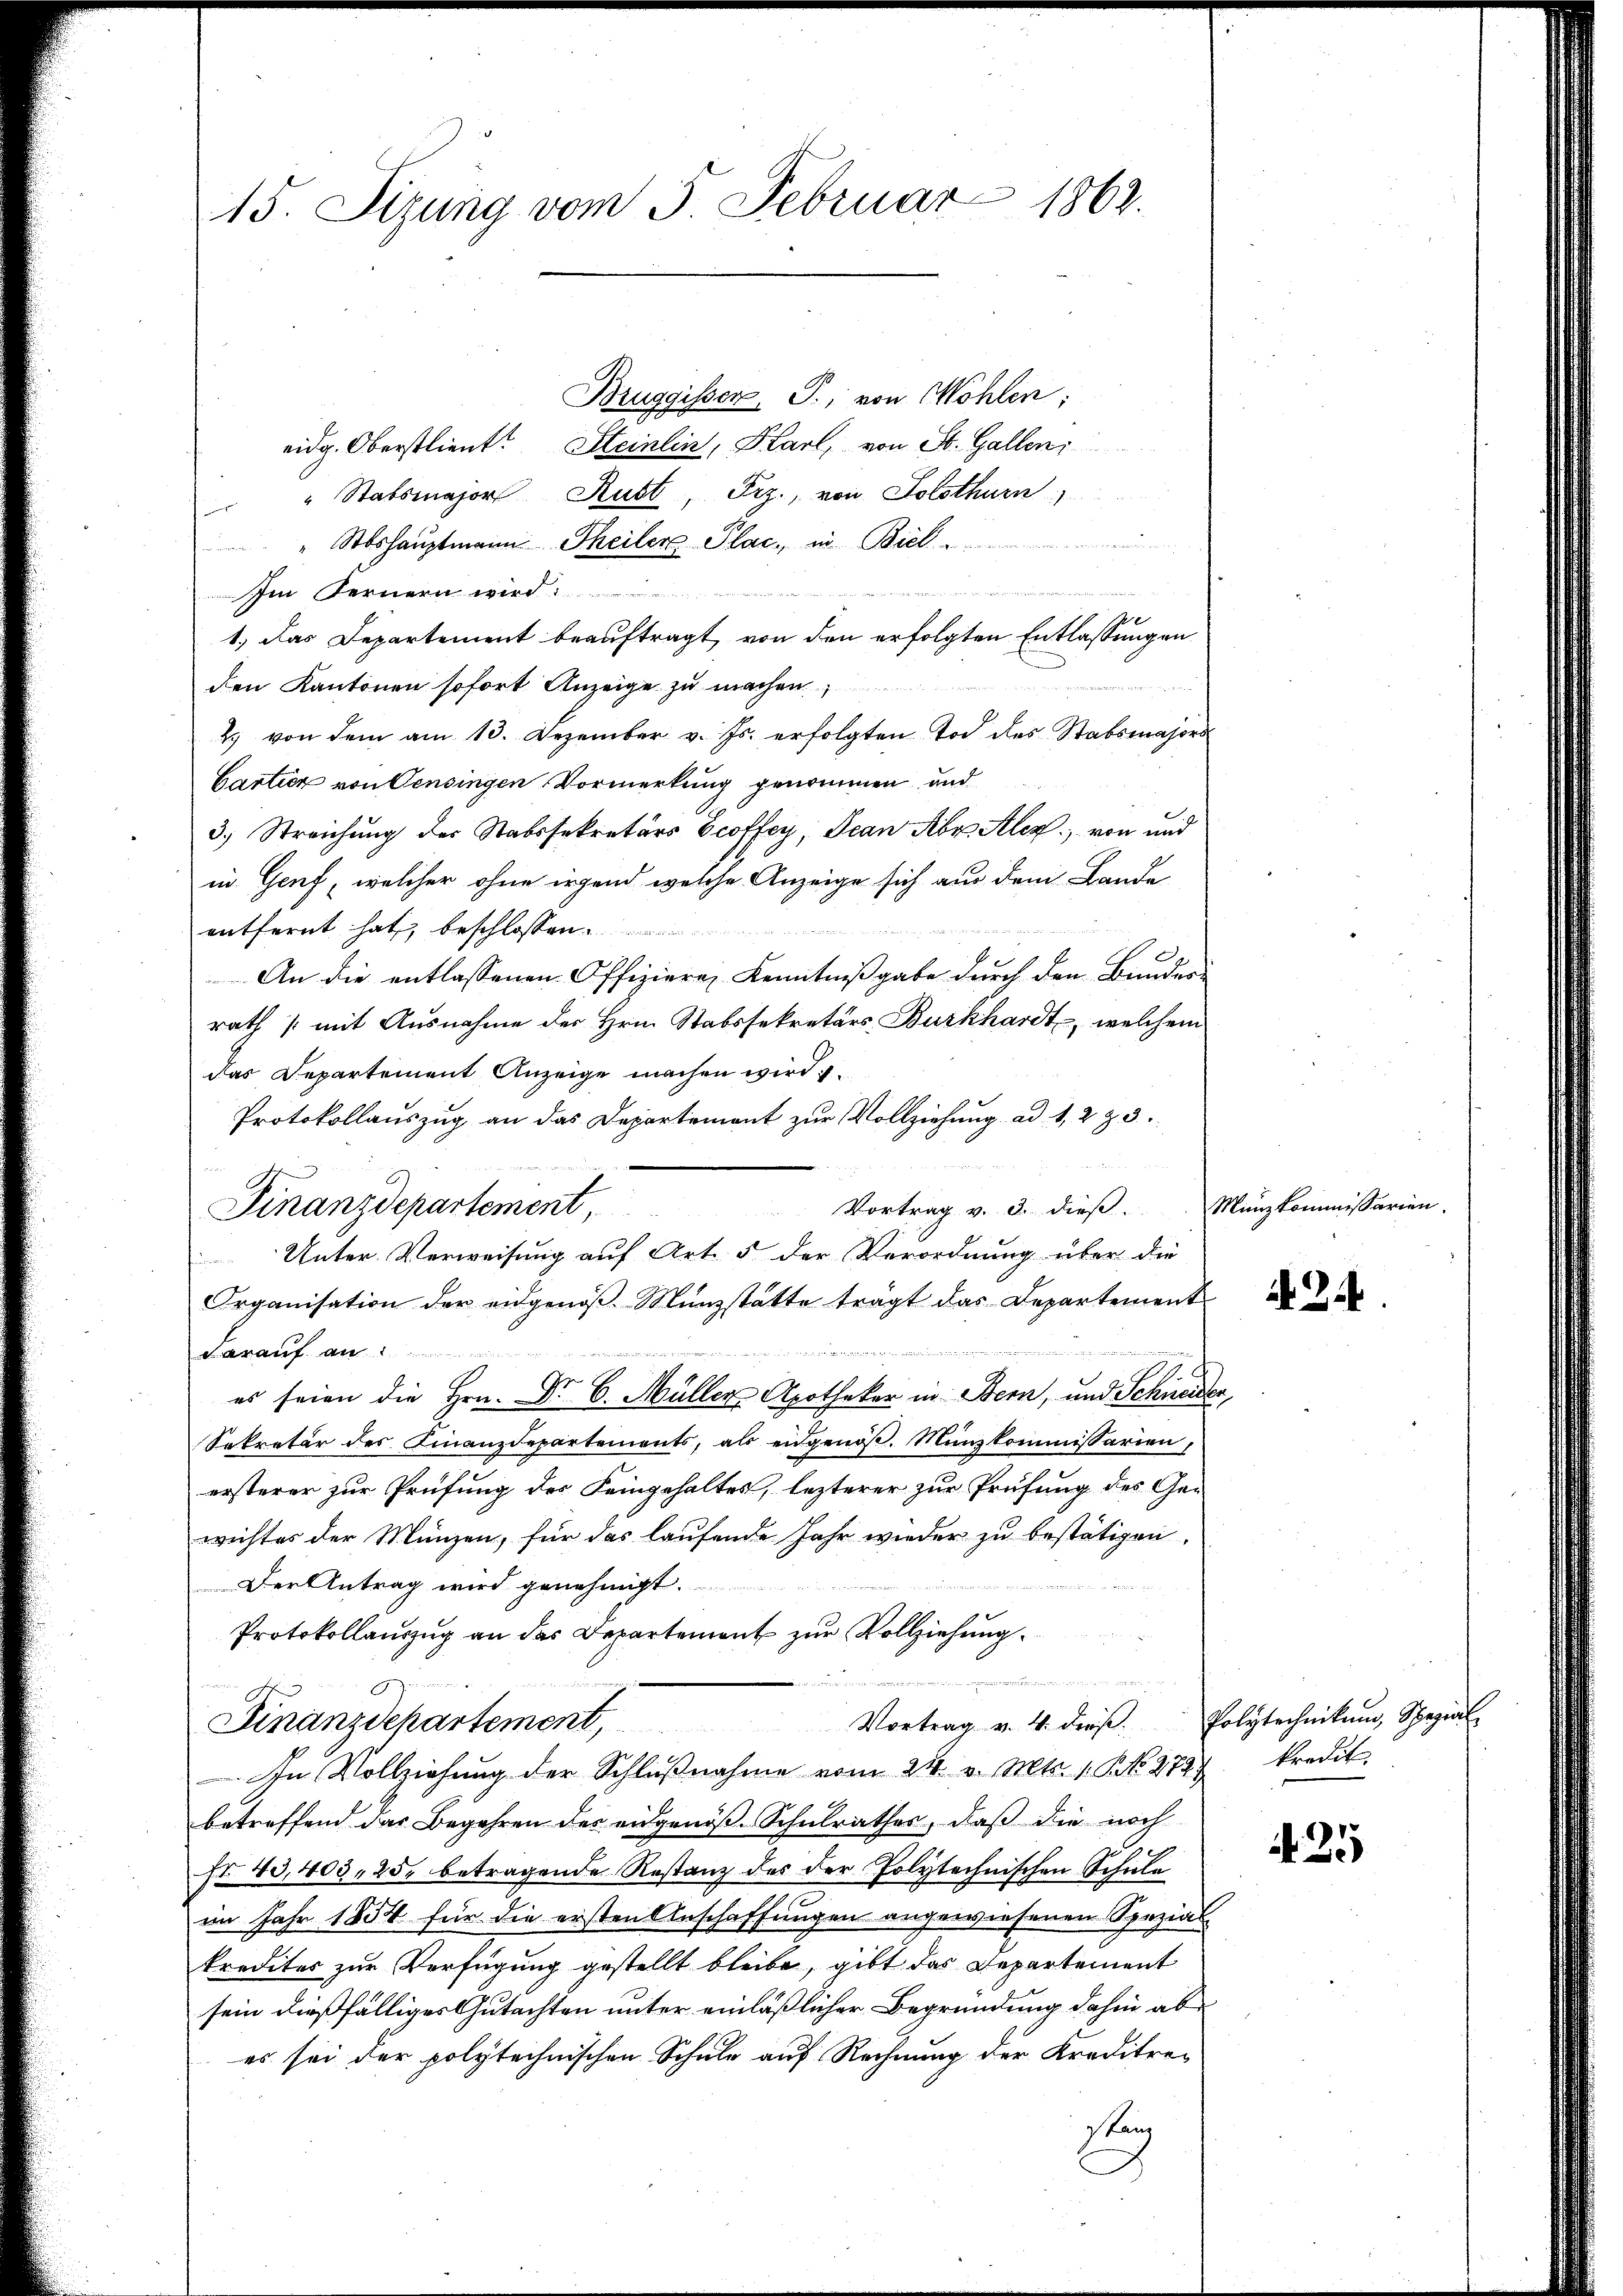
15. Sizung vom 3. Februar 1862.

Bruggisser. P., von Möhlen;
eidg. Oberstlieut. Steinlin, Karl, von St. Gallen
" Stabsmajor Rust, Frz., von Solothurn
i
" Stoshauptmann Theiler Plac., in Biel
Im Fernern wird:
1. Das Departement beauftragt, von den erfolgten Entlassungen
den Kantonen sofort Anzeige zu machen,
2 von dem am 13. Dezember v. Js. erfolgten Tod des Stabsmajori
Cartier von Censingen Vormerkung genommen und
3.) Streichung der Stabssekretärs Groffey, Jean Aber Alex von und
in Genf, welcher ohne irgend welche Anzeige sich aus dem Lande

entfernt hat, beschlossen:
An die entlassenen Offiziere Kenntnißgabe durch den Bunder-
rath (mit Ausnahme der Hrn. Stabssekretärs Burkhardt, welchem
das Departement Anzeige machen wird
Protokollauszug an das Departement zur Vollziehung ad 1, 223.
Vortrag v. 3. dieß.
Unter-Verweisung auf Art. 5 der Verordnung über die
Organisation der eidgenöß-Münzstätte trägt das Departement
nid den s
darauf an:
es seien die Hrn. Dr. C. Müller Apothekar in Bern, und Schneider
Sekretär des Finanzdepartements, als eidgenöβ. Münzkommissarien,
ersterer zur Prüfung der Feingehaltes, lezterer zur Prüfung des Ge-
wichtes der Münzen, für das laufende Jahr wieder zu bestätigen,
Der Antrag wird genehmigt.
s
Protokollauszug an das Departement zur Vollziehung

Vortrag v. 4. dieβ. Polytechnikum, Spezial-
Finanzdepartement,
In Vollziehung der Schlŭβnahme vom 24. v. Mts. 1. No. 2727. Predit
betreffend das Begehren des eidgenöß-Schulrathes, daß die noch
No 43,403. 25. betragende Restanz des der Polytechnischen Schulaim Jahr 1854 für die ersten Anschaffungen angewiesenen Spezial
kredites zur Verfügung gestellt bleibe, gibt das Departement
sein dießfälliges Gutachten unter einläßlicher Begründung dahin abes sei der polytechnischen Schule auf Rechnung der Kreditre-
stanz

G
Finanzdepartement

Minzkommissarien.

2.

N. 25